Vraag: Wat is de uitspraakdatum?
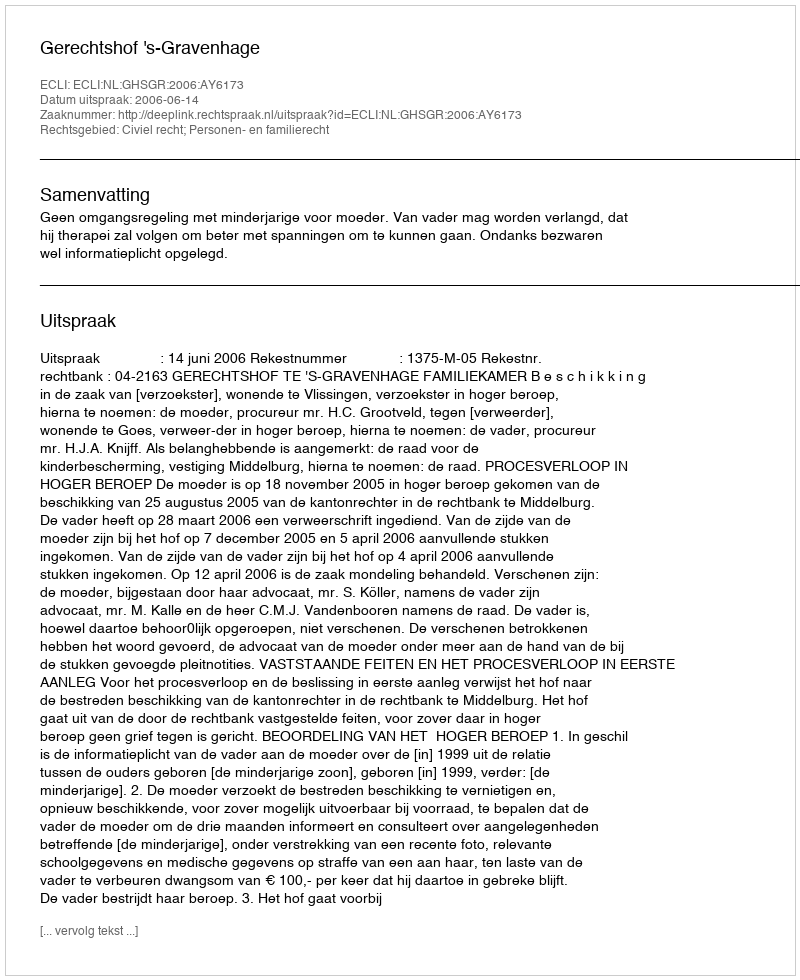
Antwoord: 2006-06-14